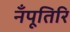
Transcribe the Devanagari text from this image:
नँपूतिरि